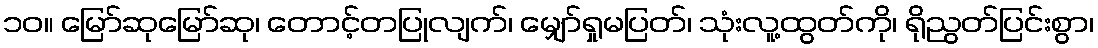
၁၀။ မြော်ဆုမြော်ဆု၊ တောင့်တပြုလျက်၊ မျှော်ရှုမပြတ်၊ သုံးလူ့ထွတ်ကို၊ ရိုညွတ်ပြင်းစွာ၊